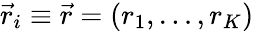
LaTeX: {\vec{r}}_{i}\equiv\vec{r}=\left(r_{1},\ldots,r_{K}\right)